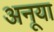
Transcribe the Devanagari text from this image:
अनूया